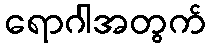
ရောဂါအတွက်